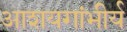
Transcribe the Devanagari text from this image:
आशयगांभीर्य